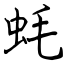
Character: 蚝